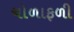
ચોળાફળી